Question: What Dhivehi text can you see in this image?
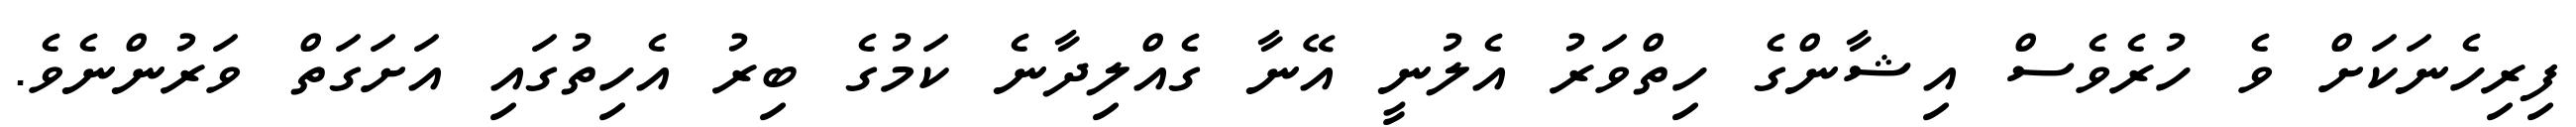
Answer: ފިރިހެނަކަށް ވެ ހުރެވެސް އިޝާންގެ ހިތްވަރު އެލުނީ އޭނާ ގެއްލިދާނެ ކަމުގެ ބިރު އެހިތުގައި އަށަގަތް ވަރުންނެވެ.